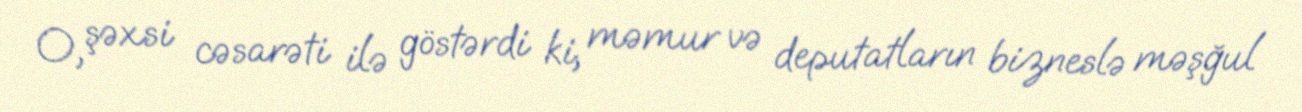
O, şəxsi cəsarəti ilə göstərdi ki, məmur və deputatların bizneslə məşğul